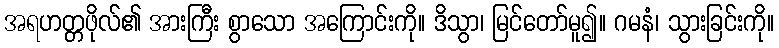
အရဟတ္တဖိုလ်၏ အားကြီး စွာသော အကြောင်းကို။ ဒိသွာ၊ မြင်တော်မူ၍။ ဂမနံ၊ သွားခြင်းကို။